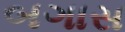
બગાસ